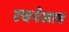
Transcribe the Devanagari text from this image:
रचनेलाच